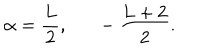
\alpha = { \frac { L } { 2 } } , - { \frac { L + 2 } { 2 } } .